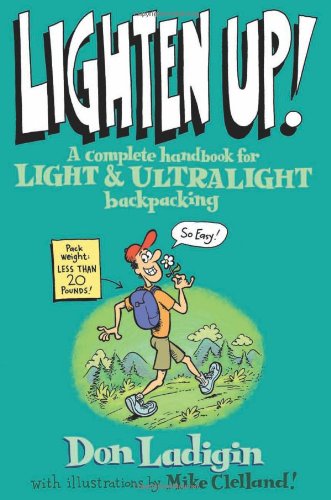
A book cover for Lighten Up!: A Complete Handbook For Light And Ultralight Backpacking (Falcon Guide); Don Ladigin; Sports & Outdoors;